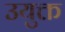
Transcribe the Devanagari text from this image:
उयुक्त